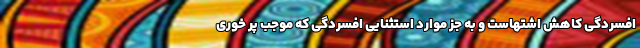
افسردگی کاهش اشتهاست و به جز موارد استثنایی افسردگی که موجب پر خوری